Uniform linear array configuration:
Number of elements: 4
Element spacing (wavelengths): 0.75
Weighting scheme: exponential
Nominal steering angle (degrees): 15
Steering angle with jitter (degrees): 16.488
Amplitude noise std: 0.05
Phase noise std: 0.05

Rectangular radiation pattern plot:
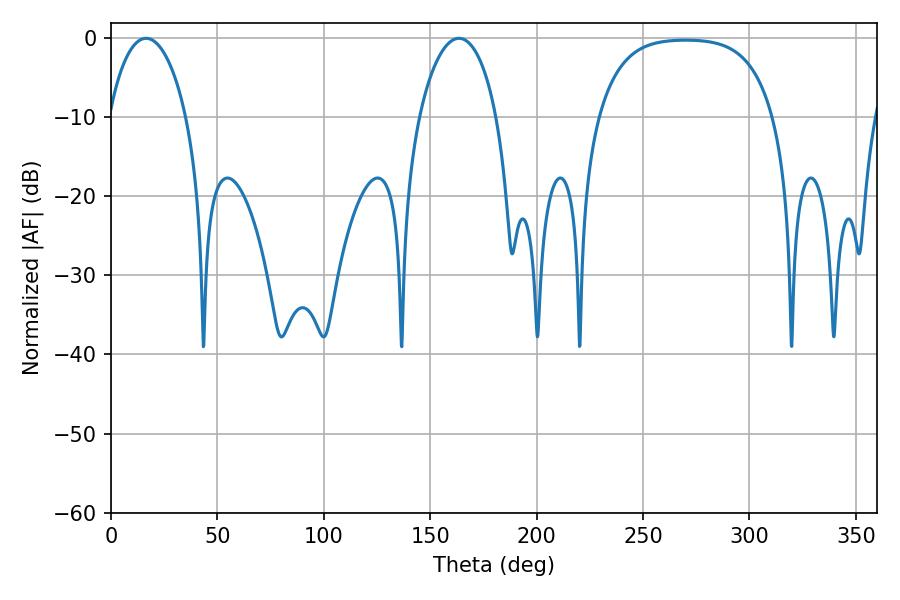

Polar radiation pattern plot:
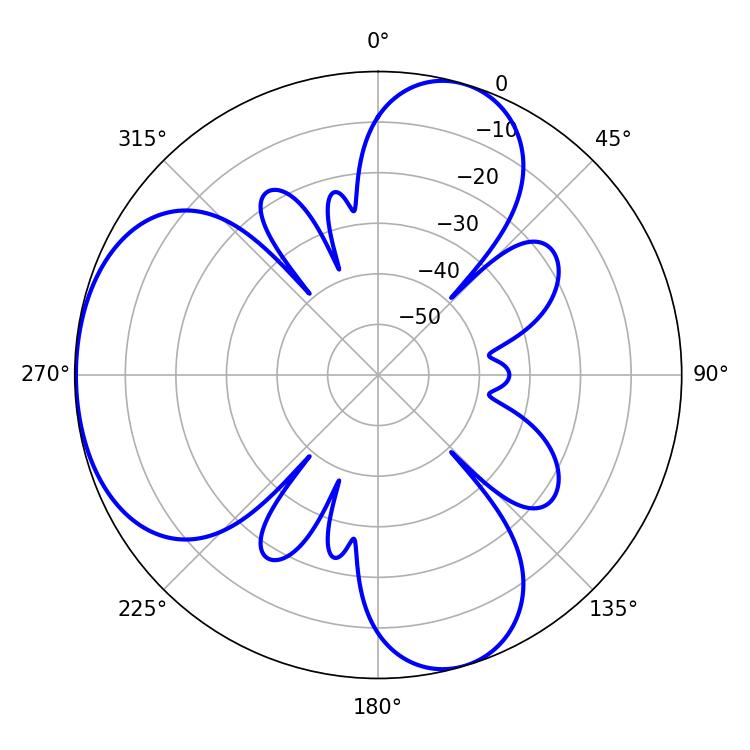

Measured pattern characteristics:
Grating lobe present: TRUE
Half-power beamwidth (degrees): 20.7
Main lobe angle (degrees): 16.56